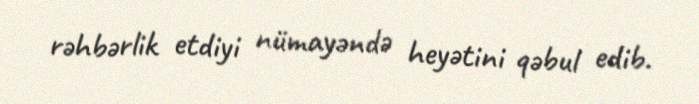
rəhbərlik etdiyi nümayəndə heyətini qəbul edib.